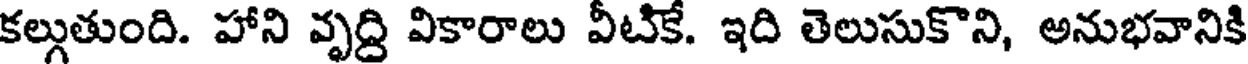
కల్గుతుంది. హాని వృద్ది వికారాలు వీటికే. ఇది తెలుసుకొని, అనుభవానికి